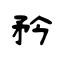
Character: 矜